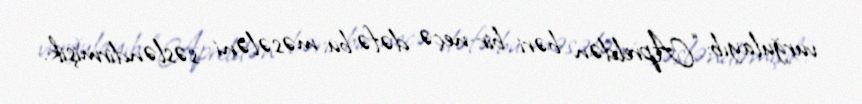
vurğulayıb: “Apreldən bəri bir neçə dəfə bu məsələni səsləndirmişik.